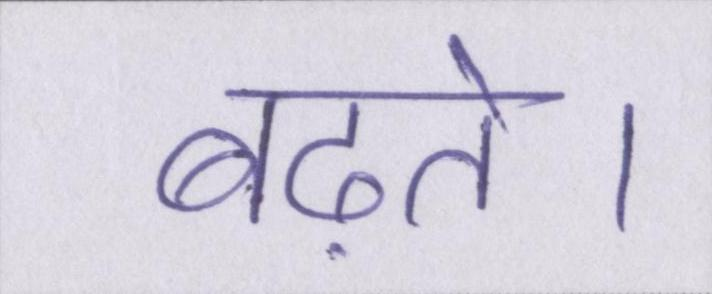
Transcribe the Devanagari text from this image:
बढ़ते।